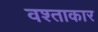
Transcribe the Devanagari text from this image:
वश्ताकार